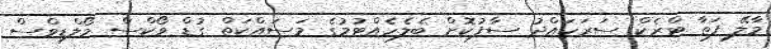
މާލޭ ފަތާ ޓްރެކް ސަރަހައްދު ސާފުކޮށް ބެލެހެއްޓުމުގެ މަސައްކަތް ގުޑް ވޯކްސް މޯލްޑިވްސް